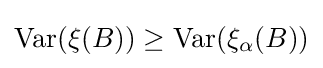
\operatorname {Var} (\xi (B))\geq \operatorname {Var} (\xi _{\alpha }(B))